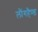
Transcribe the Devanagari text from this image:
लौंगहैण्ड